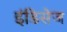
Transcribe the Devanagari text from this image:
इंडिसेज